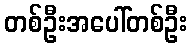
တစ်ဦးအပေါ်တစ်ဦး